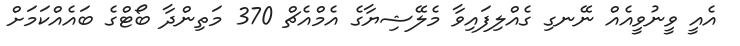
އެއީ ވީނުވީއެއް ނޭނގި ގެއްލިފައިވާ މެލޭޝިޔާގެ އެމްއެޗް 370 މަތިންދާ ބޯޓްގެ ބައެއްކަމަށް